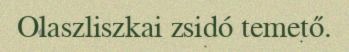
Olaszliszkai zsidó temető.